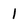
Character: 1